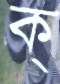
ক্